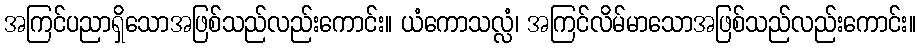
အကြင်ပညာရှိသောအဖြစ်သည်လည်းကောင်း။ ယံကောသလ္လံ၊ အကြင်လိမ်မာသောအဖြစ်သည်လည်းကောင်း။